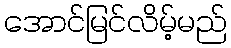
အောင်မြင်လိမ့်မည်